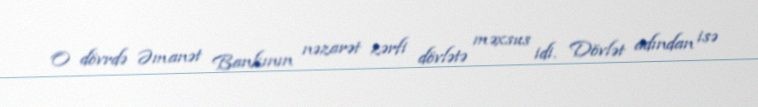
O dövrdə Əmanət Bankının nəzarət zərfi dövlətə məxsus idi. Dövlət adından isə